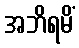
အဘိရမိံ